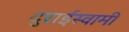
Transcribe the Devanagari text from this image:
दुराईस्वामी